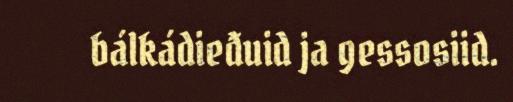
bálkádieđuid ja gessosiid.